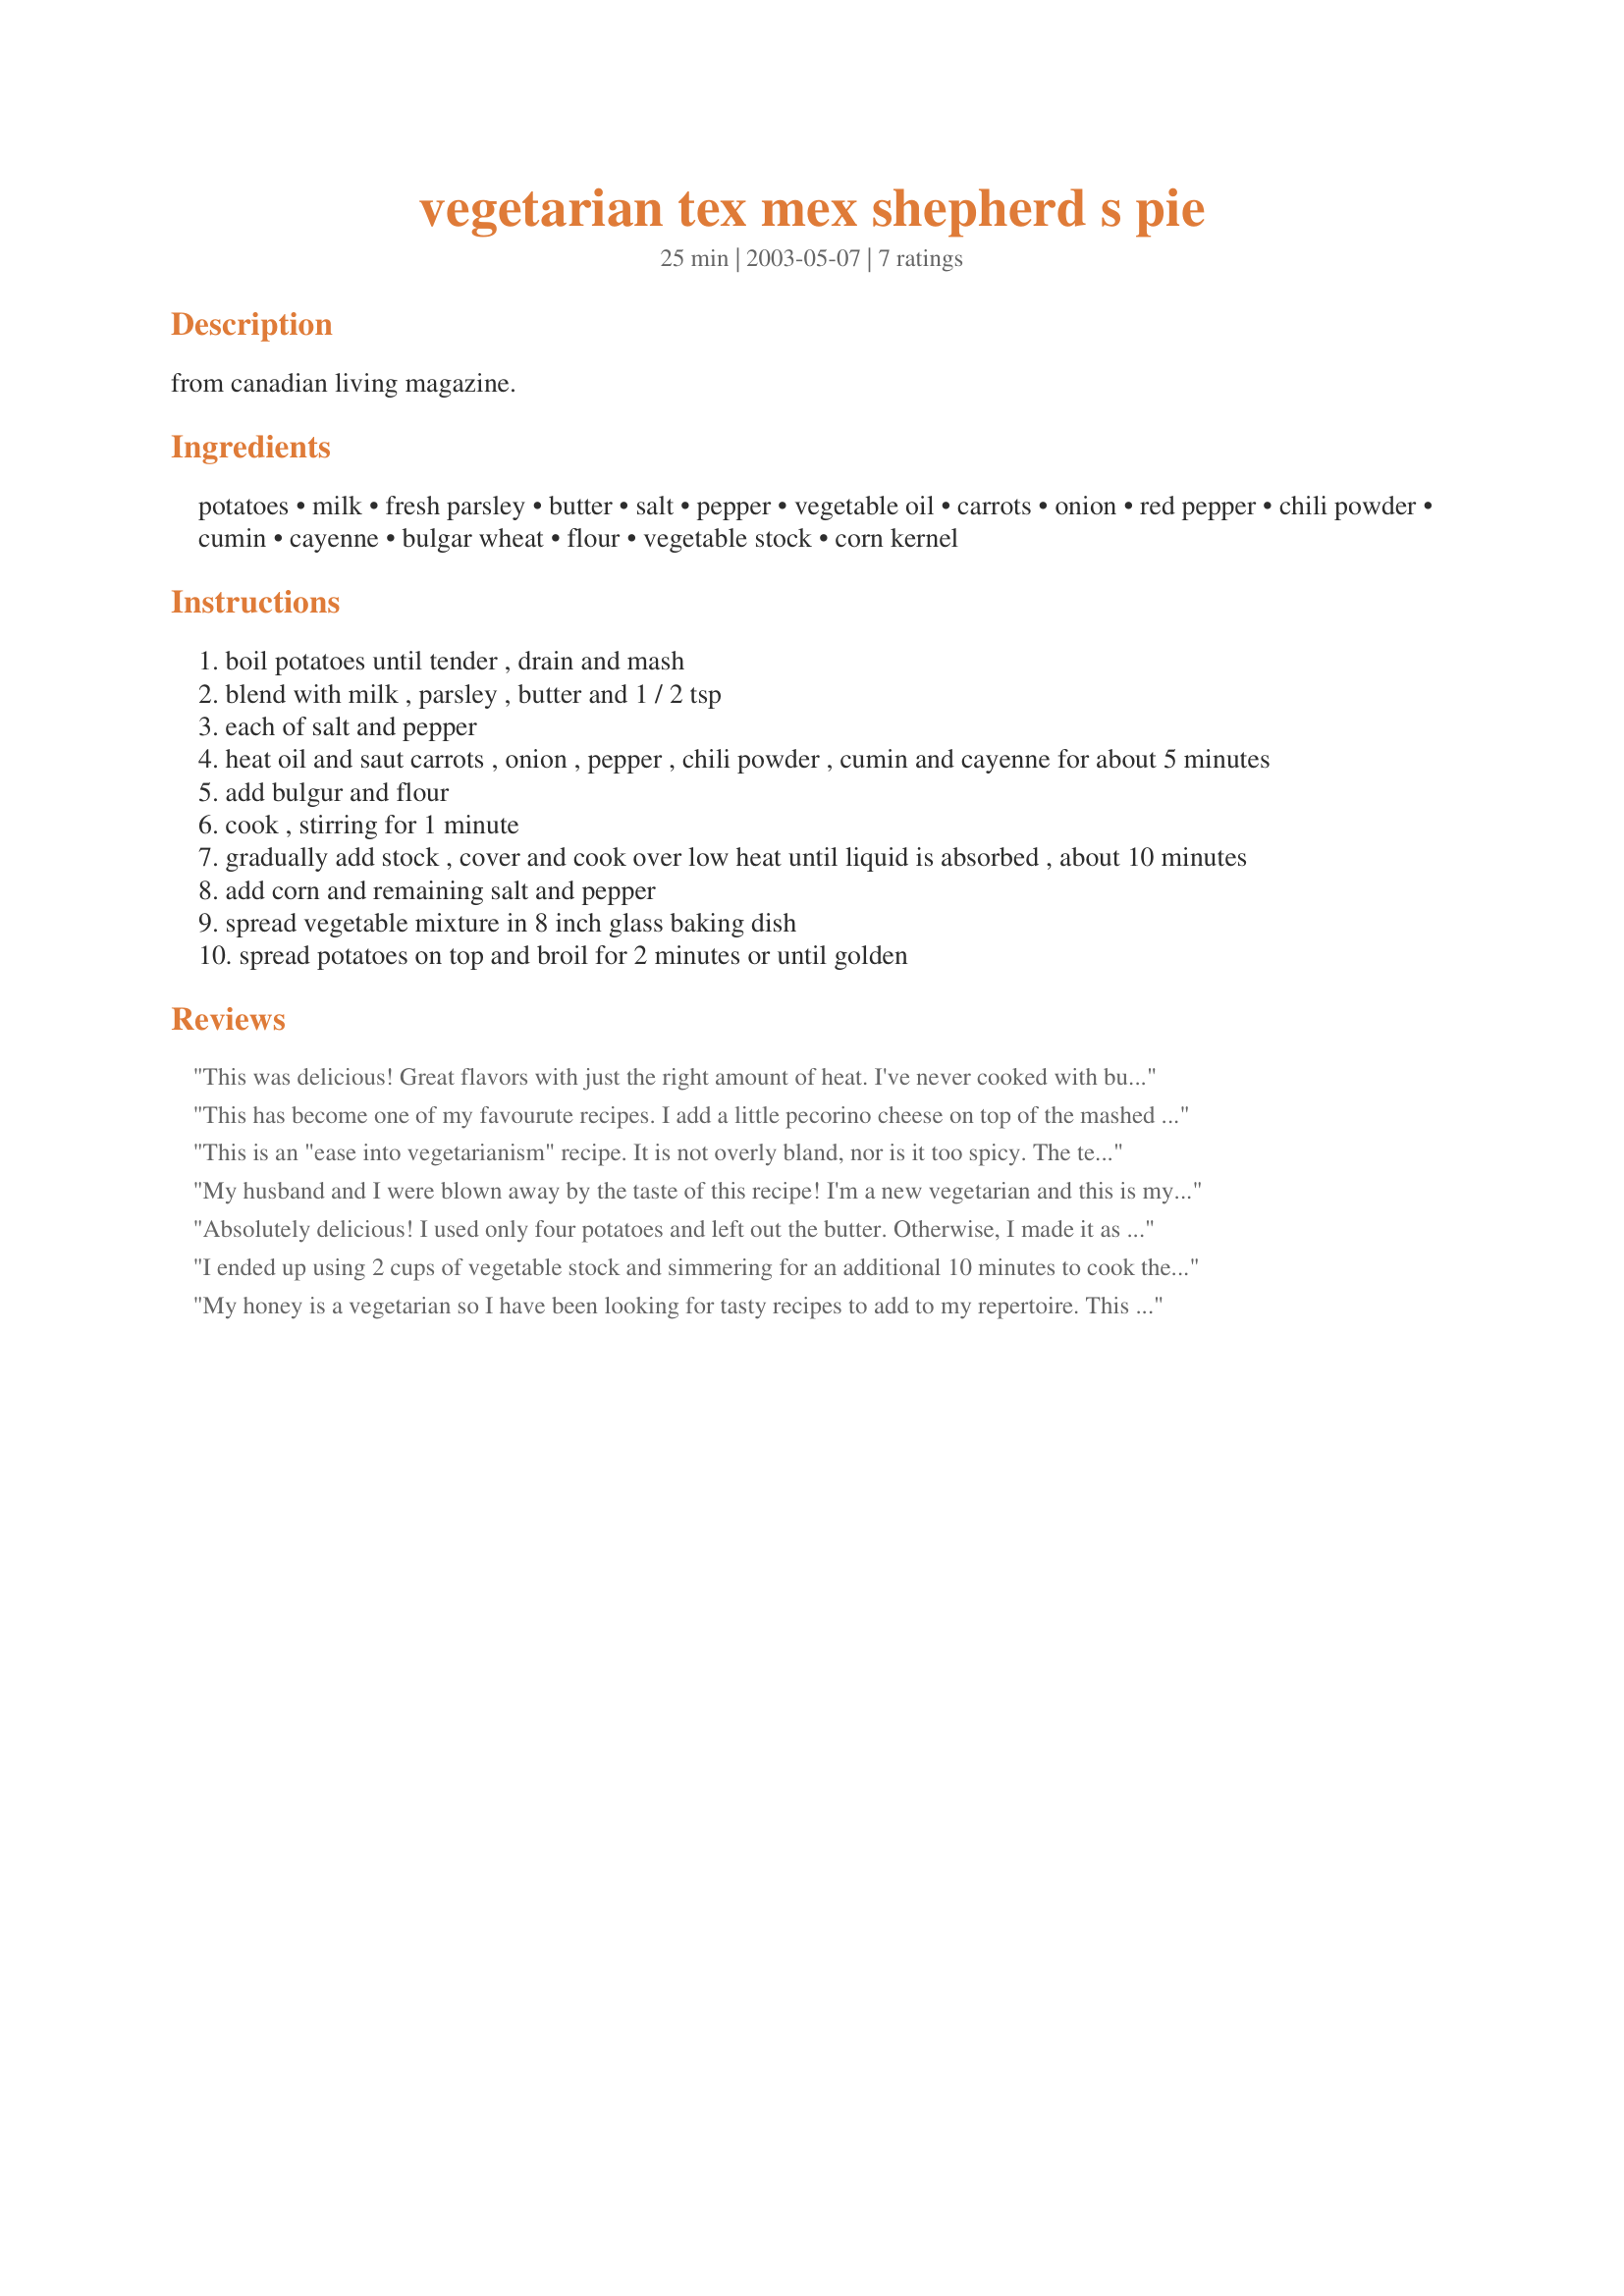
vegetarian tex mex shepherd s pie
Preparation time: 25 minutes

from canadian living magazine.

Ingredients:
potatoes, milk, fresh parsley, butter, salt, pepper, vegetable oil, carrots, onion, red pepper, chili powder, cumin, cayenne, bulgar wheat, flour, vegetable stock, corn kernel

Steps:
boil potatoes until tender , drain and mash
blend with milk , parsley , butter and 1 / 2 tsp
each of salt and pepper
heat oil and saut carrots , onion , pepper , chili powder , cumin and cayenne for about 5 minutes
add bulgur and flour
cook , stirring for 1 minute
gradually add stock , cover and cook over low heat until liquid is absorbed , about 10 minutes
add corn and remaining salt and pepper
spread vegetable mixture in 8 inch glass baking dish
spread potatoes on top and broil for 2 minutes or until golden

Reviews:
This was delicious! Great flavors with just the right amount of heat. I've never cooked with bulgur wheat before, and I'm glad I did. It was a perfect substitute for meat in this dish. I used fresh sweet corn kernels, which added a really nice touch to the filling I'll definately be making this again!
This has become one of my favourute recipes. I add a little pecorino cheese on top of the mashed potato for extra flavour.
This is an "ease into vegetarianism" recipe. It is not overly bland, nor is it too spicy. The textures are wonderful in combination, too.
My husband and I were blown away by the taste of this recipe! I'm a new vegetarian and this is my new alternative for shepherd's pie. I won't miss having it the old way. This was also my first time having bulgar wheat, and it was great. This recipe is DELICIOUS!!!
Absolutely delicious! I used only four potatoes and left out the butter. Otherwise, I made it as directed. It was too spicy for my dad, but I loved it.
I ended up using 2 cups of vegetable stock and simmering for an additional 10 minutes to cook the bulgar past the &#039;crunchy&#039; stage. Flavor was great but I would caution less than a pinch of cayenne if you don&#039;t like heat on your tongue. I actually have a 1/16th measuring spoon (which is considered a pinch) and it was a tad too much for me, although other family members said it was fine. I used a ready made Bob Evan&#039;s mashed potatoes as we don&#039;t normally use potatoes and I didn&#039;t want a bag sitting around. It was just the right amount for this recipe. I have to say that I think this was actually better the second day.
My honey is a vegetarian so I have been looking for tasty recipes to add to my repertoire. This one is very tasty and the bulghur takes on a meat-esque texture. I soaked the bulghur first for 30 min, used some canned peas for color and substituted instant potatoes for simplicity. Delish! Thanks for posting.
